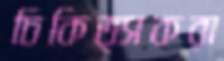
চিকিত্সকরা